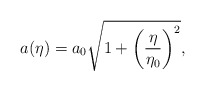
\begin{align*}a(\eta) =a_0 \sqrt{1+\left({\eta\over \eta_0}\right)^2},\end{align*}